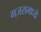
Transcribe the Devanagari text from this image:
गजरामध्ये